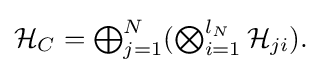
{\textstyle {\mathcal {H}}_{C}=\bigoplus _{j=1}^{N}(\bigotimes _{i=1}^{l_{N}}{\mathcal {H}}_{ji}).}